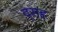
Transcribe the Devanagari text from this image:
द्सह